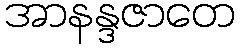
အာနန္ဒဇာတေ